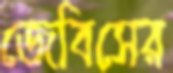
জেবিসের